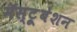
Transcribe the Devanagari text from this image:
मॅस्ट्रूबेशन